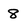
Character: 8